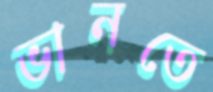
ভানতে